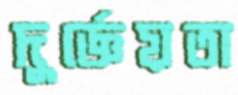
দুর্জ্ঞেয়তা